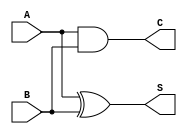
module current_mode_half_adder (
    input wire A,  // Input current source A (0 or 1)
    input wire B,  // Input current source B (0 or 1)
    output wire S, // Sum output
    output wire C  // Carry output
);

    // Internal signals
    wire sum_current;
    wire carry_current;

    // Logic for Sum (S)
    assign sum_current = A ^ B; // XOR operation for sum
    assign S = sum_current;      // Output sum

    // Logic for Carry (C)
    assign carry_current = A & B; // AND operation for carry
    assign C = carry_current;      // Output carry

endmodule